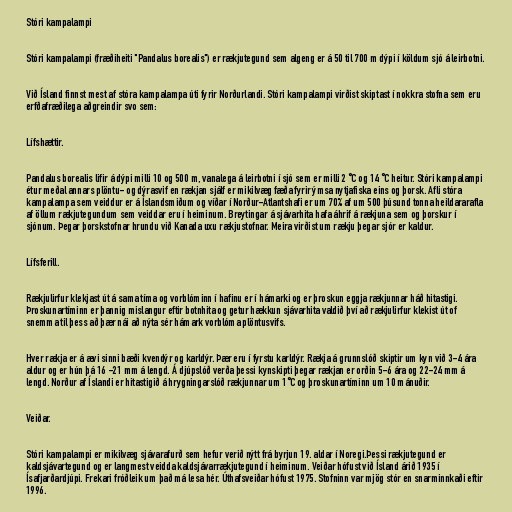
Stóri kampalampi

Stóri kampalampi (fræðiheiti "Pandalus borealis") er rækjutegund sem algeng er á 50 til 700 m dýpi í köldum sjó á leirbotni.

Við Ísland finnst mest af stóra kampalampa úti fyrir Norðurlandi. Stóri kampalampi virðist skiptast í nokkra stofna sem eru
erfðafræðilega aðgreindir svo sem:

Lífshættir.

Pandalus borealis lifir á dýpi milli 10 og 500 m, vanalega á leirbotni í sjó sem er milli 2 °C og 14 °C heitur. Stóri kampalampi
étur meðal annars plöntu- og dýrasvif en rækjan sjálf er mikilvæg fæða fyrir ýmsa nytjafiska eins og þorsk. Afli stóra
kampalampa sem veiddur er á Íslandsmiðum og víðar í Norður-Atlantshafi er um 70% af um 500 þúsund tonna heildararafla
af öllum rækjutegundum sem veiddar eru í heiminum. Breytingar á sjávarhita hafa áhrif á rækjuna sem og þorskur í
sjónum. Þegar þorskstofnar hrundu við Kanada uxu rækjustofnar. Meira virðist um rækju þegar sjór er kaldur.

Lífsferill.

Rækjulirfur klekjast út á sama tíma og vorblóminn í hafinu er í hámarki og er þroskun eggja rækjunnar háð hitastigi.
Þroskunartíminn er þannig mislangur eftir botnhita og getur hækkun sjávarhita valdið því að rækjulirfur klekist út of
snemma til þess að þær nái að nýta sér hámark vorblóma plöntusvifs.

Hver rækja er á ævi sinni bæði kvendýr og karldýr. Þær eru í fyrstu karldýr. Rækja á grunnslóð skiptir um kyn við 3-4 ára
aldur og er hún þá 16 -21 mm á lengd. Á djúpslóð verða þessi kynskipti þegar rækjan er orðin 5-6 ára og 22-24 mm á
lengd. Norður af Íslandi er hitastigið á hrygningarslóð rækjunnar um 1°C og þroskunartíminn um 10 mánuðir.

Veiðar.

Stóri kampalampi er mikilvæg sjávarafurð sem hefur verið nýtt frá byrjun 19. aldar í Noregi.Þessi rækjutegund er
kaldsjávartegund og er langmest veidda kaldsjávarrækjutegund í heiminum. Veiðar hófust við Ísland árið 1935 í
Ísafjarðardjúpi. Frekari fróðleik um það má lesa hér. Úthafsveiðar hófust 1975. Stofninn var mjög stór en snarminnkaði eftir
1996.